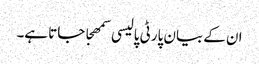
ان کے بیان پارٹی پالیسی سمھجا جاتا ہے۔